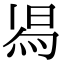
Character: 𭴷